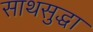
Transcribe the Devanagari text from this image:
साथसुद्धा